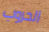
الحروب